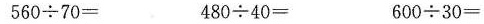
560{\div} 70= 480{\div} 40= 600{\div} 30=